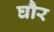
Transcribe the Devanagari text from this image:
घौर